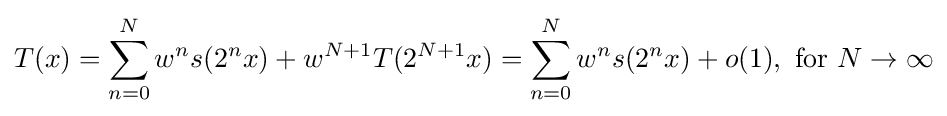
T(x)=\sum _{n=0}^{N}w^{n}s(2^{n}x)+w^{N+1}T(2^{N+1}x)=\sum _{n=0}^{N}w^{n}s(2^{n}x)+o(1),{\text{ for }}N\to \infty